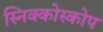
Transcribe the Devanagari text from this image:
स्निक्कोस्कोप